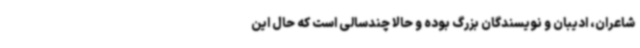
شاعران، ادیبان و نویسندگان بزرگ بوده و حالا چندسالی است که حال این